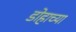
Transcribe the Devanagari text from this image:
डोहाच्या